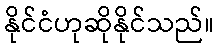
နိုင်ငံဟုဆိုနိုင်သည်။